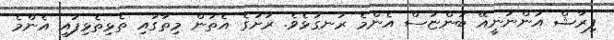
ފިރާޝް އަންނަނީއޭ ބުންޏަސް އެންމެ ރަނގަޅެވެ. ރަށުގެ އެތަން މިތާގައި ތެޅިތެޅިފައި އެންމެ